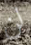
لن